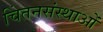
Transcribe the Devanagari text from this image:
चिंतनसंस्थाओं